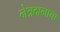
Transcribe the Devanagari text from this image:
नेत्रदानाचा